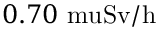
0 . 7 0 \mathrm { \ m u { S v / h } }